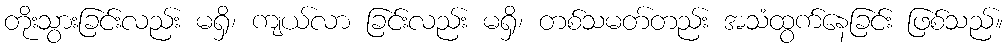
တိုးသွားခြင်းလည်း မရှိ၊ ကျယ်လာ ခြင်းလည်း မရှိ၊ တစ်သမတ်တည်း အသံထွက်နေခြင်း ဖြစ်သည်။